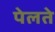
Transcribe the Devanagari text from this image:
पेलते